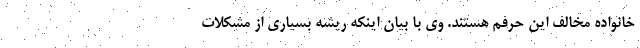
خانواده مخالف این حرفم هستند. وی با بیان اینکه ریشه بسیاری از مشکلات